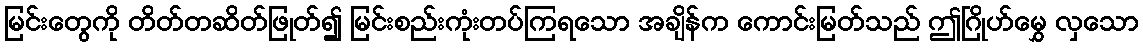
မြင်းတွေကို တိတ်တဆိတ်ဖြုတ်၍ မြင်းစည်းကုံးတပ်ကြရသော အချိန်က ကောင်းမြတ်သည် ဤဂြိုဟ်မွှေ လှသော